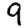
Digit: 9